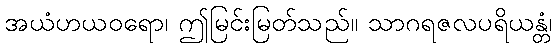
အယံဟယဝရော၊ ဤမြင်းမြတ်သည်။ သာဂရဇလပရိယန္တံ၊